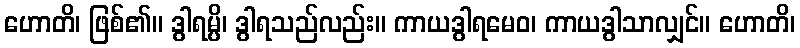
ဟောတိ၊ ဖြစ်၏။ ဒွါရမ္ပိ၊ ဒွါရသည်လည်း။ ကာယဒွါရမေဝ၊ ကာယဒွါသာလျှင်။ ဟောတိ၊